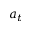
a _ { t }